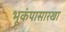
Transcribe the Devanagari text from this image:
भूकंपासारखा